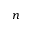
n